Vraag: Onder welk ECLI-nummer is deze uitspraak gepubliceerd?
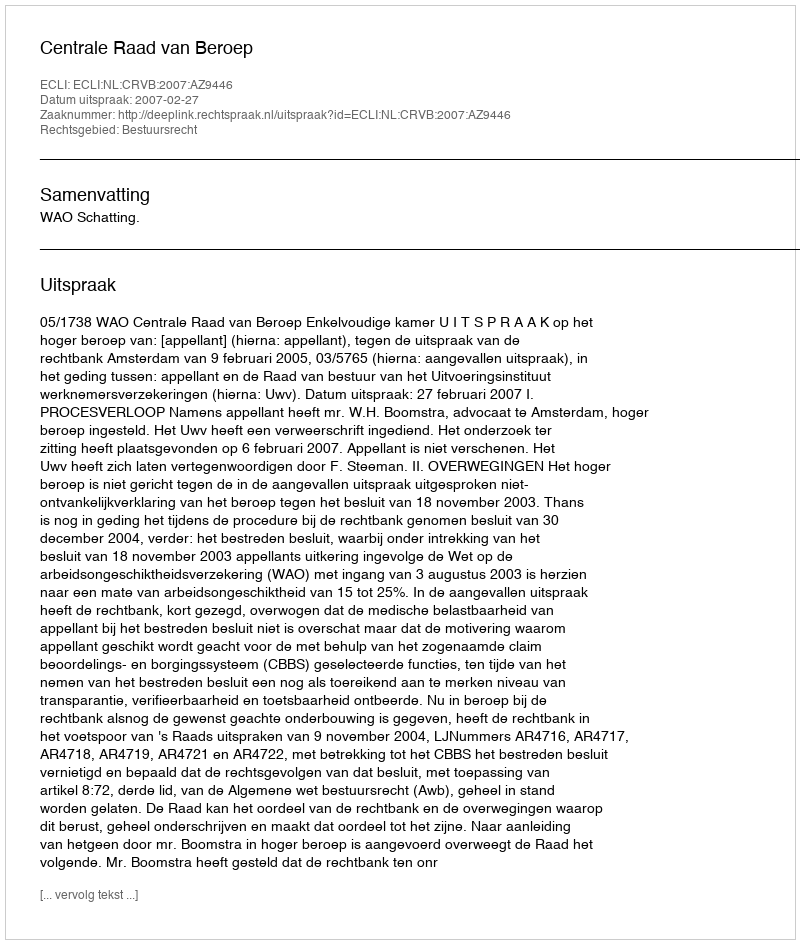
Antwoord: ECLI:NL:CRVB:2007:AZ9446